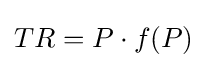
TR=P\cdot f(P)